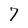
Character: 7